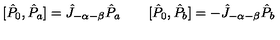
[ \hat { P } _ { 0 } , \hat { P } _ { a } ] = \hat { J } _ { - \alpha - \beta } \hat { P } _ { a } \qquad [ \hat { P } _ { 0 } , \hat { P } _ { b } ] = - \hat { J } _ { - \alpha - \beta } \hat { P } _ { b }